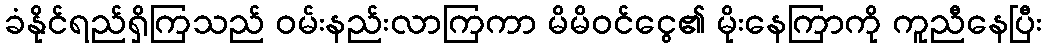
ခံနိုင်ရည်ရှိကြသည် ဝမ်းနည်းလာကြကာ မိမိဝင်ငွေ၏ မိုးနေကြာကို ကူညီနေပြီး